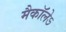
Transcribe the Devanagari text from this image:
मैकाॅलेऽ